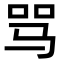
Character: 骂